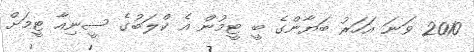
2010 ވަނަ އަހަރު ބަޔާންގެ ބީ ޓީމުން އެ ކްލަބުގެ ސީނިއާ ޓީމަށް